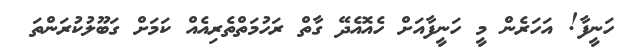
ހަނީފާ! އަހަރެން މީ ހަނީފާއަށް ހެއޮއެދޭ ގާތް ރަހުމަތްތެރިއެއް ކަމަށް ގަބޫލުކުރަންތަ